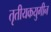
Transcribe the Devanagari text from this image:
तृतीयकयुगीन